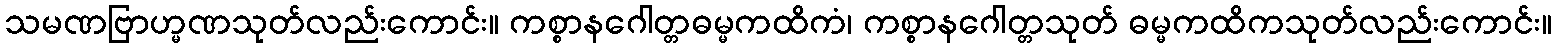
သမဏဗြာဟ္မဏသုတ်လည်းကောင်း။ ကစ္စာနဂေါတ္တဓမ္မကထိကံ၊ ကစ္စာနဂေါတ္တသုတ် ဓမ္မကထိကသုတ်လည်းကောင်း။